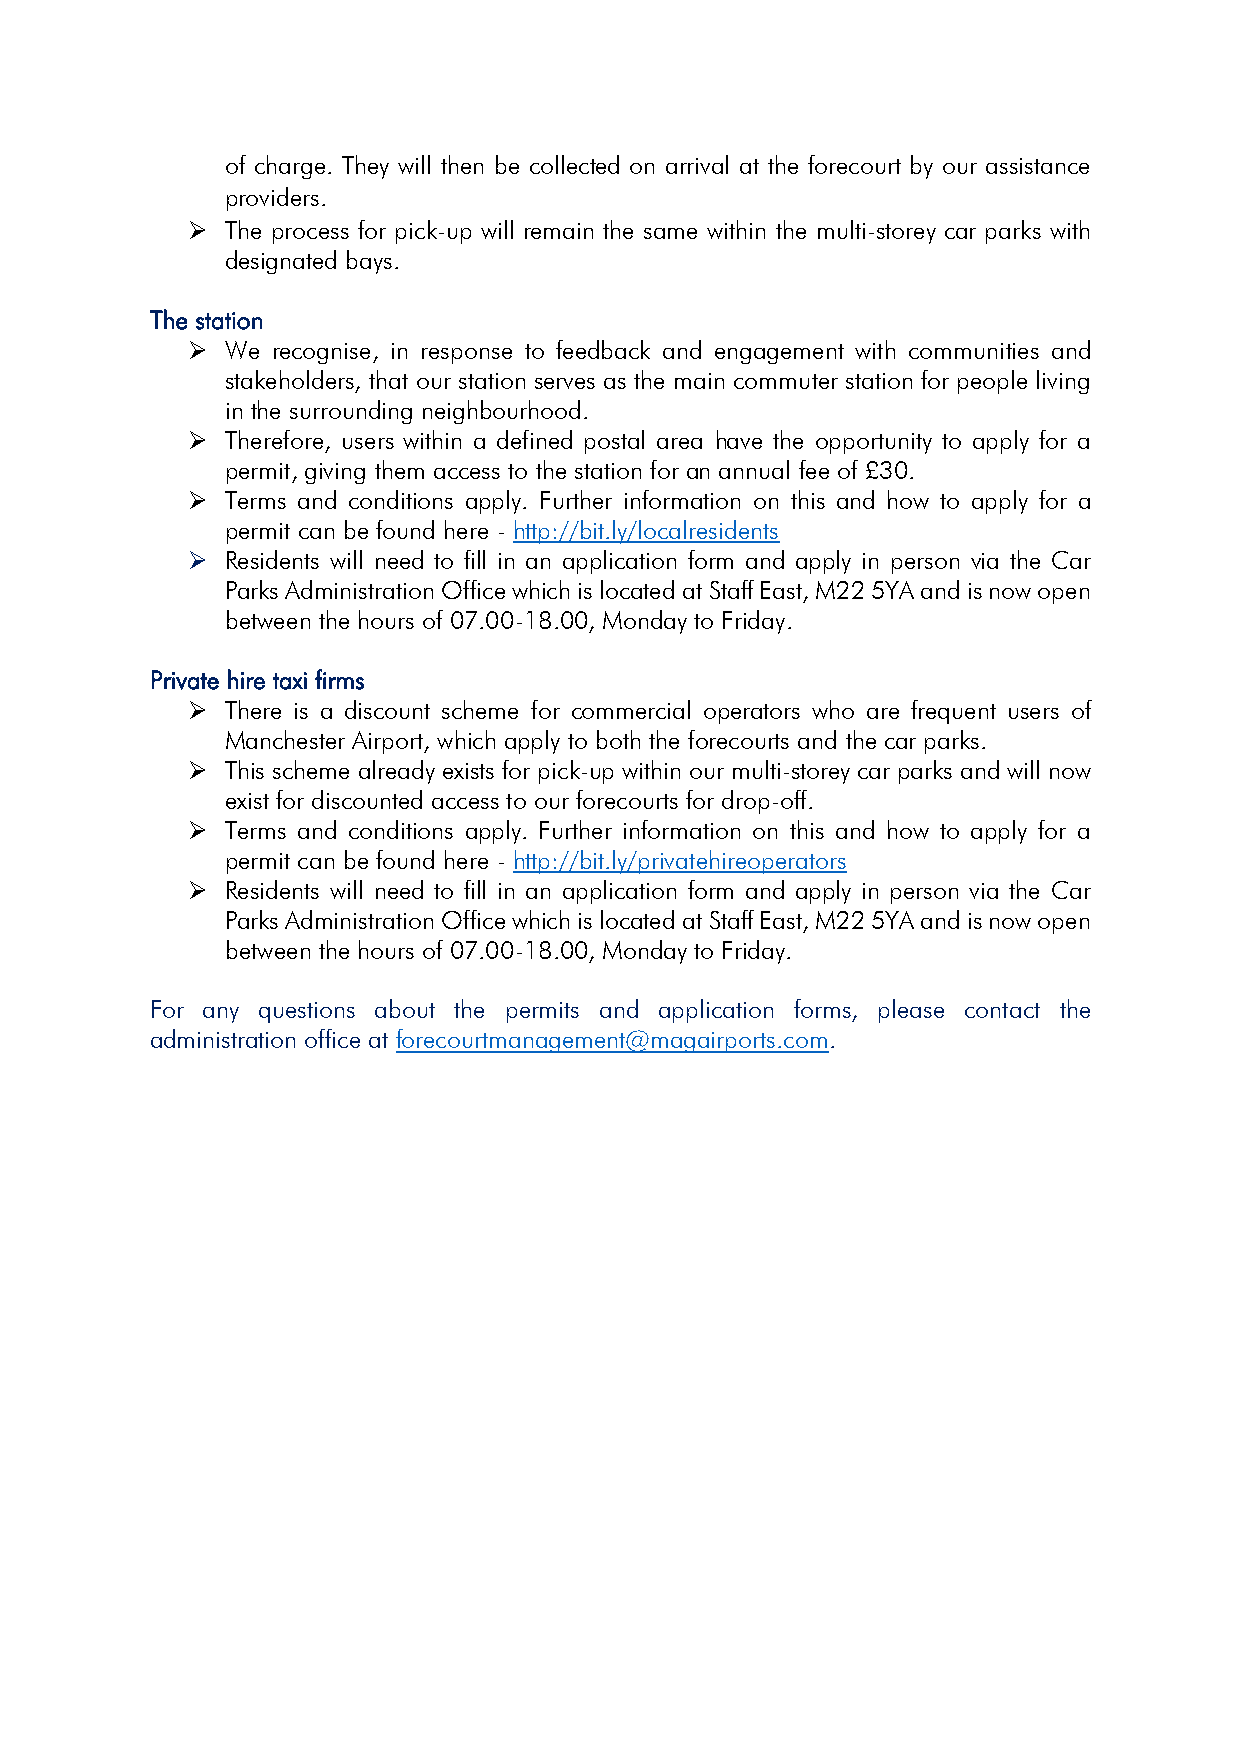
of charge. They will then be collected on arrival at the forecourt by our assistance
 providers.
 ➢  The process for pick-up will remain the same within the multi-storey car parks with
 designated bays.
 The station
 ➢  We recognise, in response to feedback and engagement with communities and
 stakeholders, that our station serves as the main commuter station for people living
 in the surrounding neighbourhood.
 ➢  Therefore, users within a defined postal area have the opportunity to apply for a
 permit, giving them access to the station for an annual fee of £30.
 ➢  Terms and conditions apply. Further information on this and how to apply for a
 permit can be found here - http://bit.ly/localresidents
 ➢  Residents will need to fill in an application form and apply in person via the Car
 Parks Administration Office which is located at Staff East, M22 5YA and is now open
 between the hours of 07.00-18.00, Monday to Friday.
 Private hire taxi firms
 ➢  There is a discount scheme for commercial operators who are frequent users of
 Manchester Airport, which apply to both the forecourts and the car parks.
 ➢  This scheme already exists for pick-up within our multi-storey car parks and will now
 exist for discounted access to our forecourts for drop-off.
 ➢  Terms and conditions apply. Further information on this and how to apply for a
 permit can be found here - http://bit.ly/privatehireoperators
 ➢  Residents will need to fill in an application form and apply in person via the Car
 Parks Administration Office which is located at Staff East, M22 5YA and is now open
 between the hours of 07.00-18.00, Monday to Friday.
 For any questions about the permits and application forms, please contact the
 administration office at forecourtmanagement@magairports.com.